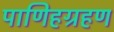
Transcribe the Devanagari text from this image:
पाणिहग्रहण